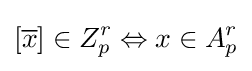
[{\overline {x}}]\in Z_{p}^{r}\Leftrightarrow x\in A_{p}^{r}